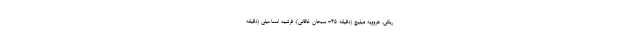
ریگی، هروویه میلیچ (دقیقه ۴۵- سبحان خاقانی)، فرشید اسماعیلی (دقیقه